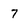
Character: 7